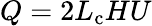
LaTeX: Q=2L_{\mathrm{c}}HU